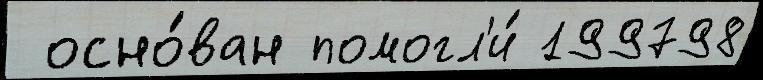
 осно́ван помогл'и́ 199798